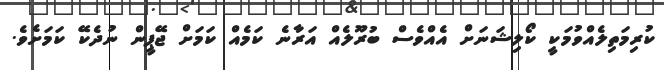
ކުރިމަތިލެއްވުމަކީ ކޯލިޝަނަށް އެއްވެސް ބުރޫލެއް އަރާނެ ކަމެއް ކަމަށް ޖޭޕީން ނުދެކޭ ކަމަށެވެ.